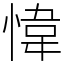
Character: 愇